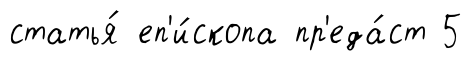
статья́ еп'и́скопа пр'еда́ст 5